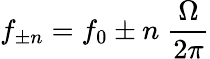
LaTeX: f_{\pm n}=f_{0}\pm n\; \frac{\Omega}{2\pi}